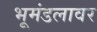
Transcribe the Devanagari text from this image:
भूमंडलावर